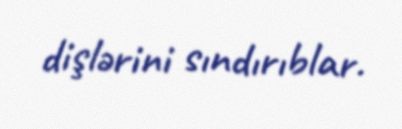
dişlərini sındırıblar.